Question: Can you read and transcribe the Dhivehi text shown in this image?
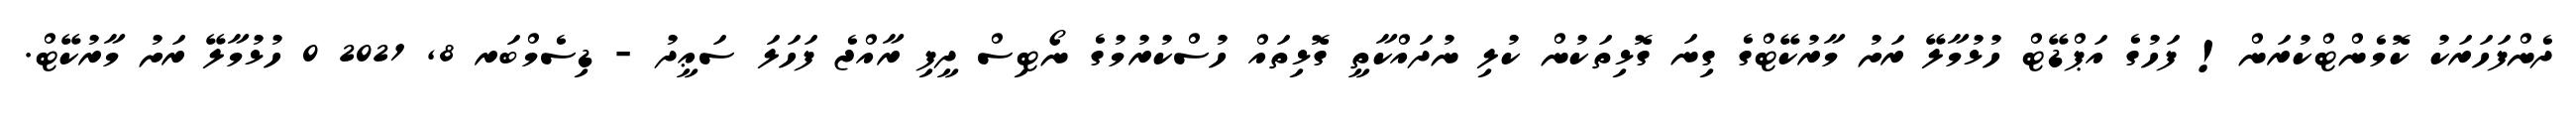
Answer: ދެންފަހަރަކު ކޮމެންޓްކުރަން! ފަހުގެ އަޕްޑޭޓް ހުޅުމާލޭ ރަށު މާރުކޭޓްގެ ގިނަ ގޮޅިތަކުން ކުލި ނުދައްކާތީ ގޮޅިތައް ހުސްކުރުމުގެ ނޯޓިސް ދީފި ރާއްޖެ ފަހަލަ ސަޢީދު - ޑިސެމްބަރ 8, 2021 0 ހުޅުމާލޭ ރަށު މާރުކޭޓް.